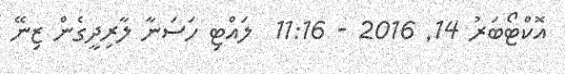
އޮކްޓޯބަރު 14